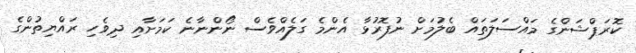
ކޮރަޕްޝަންގެ މައްސަލަތައް ބެލުމަށް ނުފޮރުޅާ އެންމެ ގަލެއްވެސް ނޯންނާނެ ކަމަށާއި ދިވެހި ރައްޔިތުންގެ